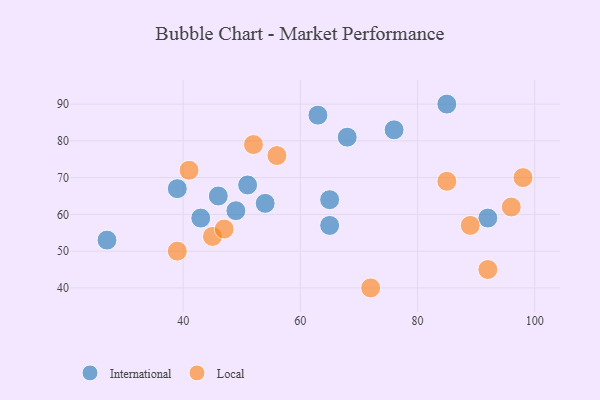
{"axis": {"x": "GDP", "y": "Life Expectancy"}, "legend": ["International", "Local"], "data": [{"x": "65", "y": 64, "type": "International"}, {"x": "65", "y": 57, "type": "International"}, {"x": "46", "y": 65, "type": "International"}, {"x": "43", "y": 59, "type": "International"}, {"x": "76", "y": 83, "type": "International"}, {"x": "39", "y": 67, "type": "International"}, {"x": "92", "y": 59, "type": "International"}, {"x": "49", "y": 61, "type": "International"}, {"x": "63", "y": 87, "type": "International"}, {"x": "68", "y": 81, "type": "International"}, {"x": "27", "y": 53, "type": "International"}, {"x": "85", "y": 90, "type": "International"}, {"x": "54", "y": 63, "type": "International"}, {"x": "51", "y": 68, "type": "International"}, {"x": "45", "y": 54, "type": "Local"}, {"x": "56", "y": 76, "type": "Local"}, {"x": "52", "y": 79, "type": "Local"}, {"x": "98", "y": 70, "type": "Local"}, {"x": "96", "y": 62, "type": "Local"}, {"x": "41", "y": 72, "type": "Local"}, {"x": "89", "y": 57, "type": "Local"}, {"x": "47", "y": 56, "type": "Local"}, {"x": "72", "y": 40, "type": "Local"}, {"x": "92", "y": 45, "type": "Local"}, {"x": "39", "y": 50, "type": "Local"}, {"x": "85", "y": 69, "type": "Local"}]}